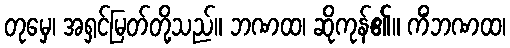
တုမှေ၊ အရှင်မြတ်တို့သည်။ ဘဏထ၊ ဆိုကုန်၏။ ကိံဘဏထ၊